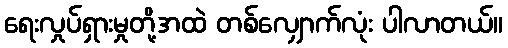
ရေးလှုပ်ရှားမှုတို့အထဲ တစ်လျှောက်လုံး ပါလာတယ်။